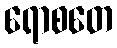
ရောစတေ